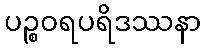
ပဉ္စဝရပရိဒဿနာ